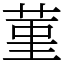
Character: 菫